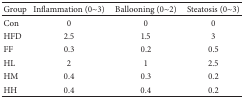
<table><thead><tr><td><b>Group</b></td><td><b>Inflammation (0~3)</b></td><td><b>Ballooning (0~2)</b></td><td><b>Steatosis (0~3)</b></td></tr></thead><tbody><tr><td>Con</td><td>0</td><td>0</td><td>0</td></tr><tr><td>HFD</td><td>2.5</td><td>1.5</td><td>3</td></tr><tr><td>FF</td><td>0.3</td><td>0.2</td><td>0.5</td></tr><tr><td>HL</td><td>2</td><td>1</td><td>2.5</td></tr><tr><td>HM</td><td>0.4</td><td>0.3</td><td>0.2</td></tr><tr><td>HH</td><td>0.4</td><td>0.4</td><td>0.2</td></tr></tbody></table>